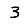
Digit: 3